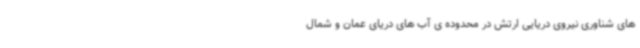
های شناوری نیروی دریایی ارتش در محدوده ی آب های دریای عمان و شمال